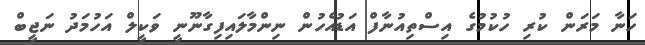
ހަނާ މަރަން ކުރި ހުކުމުގެ އިސްތިއުނާފް އަޑުއެހުން ނިންމާލައިފިގާނޫނީ ވަކީލް އަހުމަދު ނަޖީބް